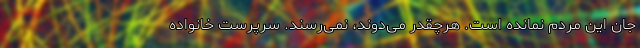
جان این مردم نمانده است. هرچقدر می‌دوند، نمی‌رسند. سرپرست خانواده